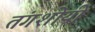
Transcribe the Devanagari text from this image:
तंगशोयी